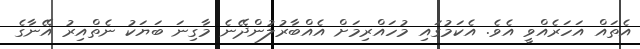
އެތައް އަހަރެއްވީ އެވެ. އެކަމުގައި މުހައްރިމަށް އެއްބާރުލުންދޭނެ މާގިނަ ބަޔަކު ނެތްއިރު އޭނާގެ